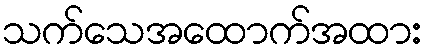
သက်သေအထောက်အထား